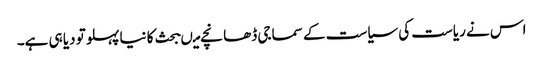
اس نے ریاست کی سیاست کے سماجی ڈھانچے میںبحث کا نیا پہلو تو دیا ہی ہے۔